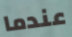
عندما